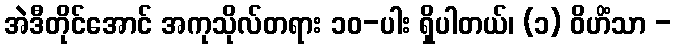
အဲဒီတိုင်အောင် အကုသိုလ်တရား ၁၀-ပါး ရှိပါတယ်၊ (၁) ဝိဟိံသာ -